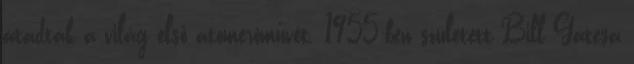
átadták a világ első atomerőművét. 1955-ben született Bill Gatesa